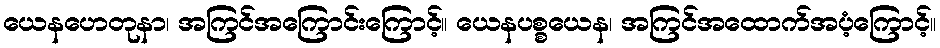
ယေနဟေတုနာ၊ အကြင်အကြောင်းကြောင့်။ ယေနပစ္စယေန၊ အကြင်အထောက်အပံ့ကြောင့်။